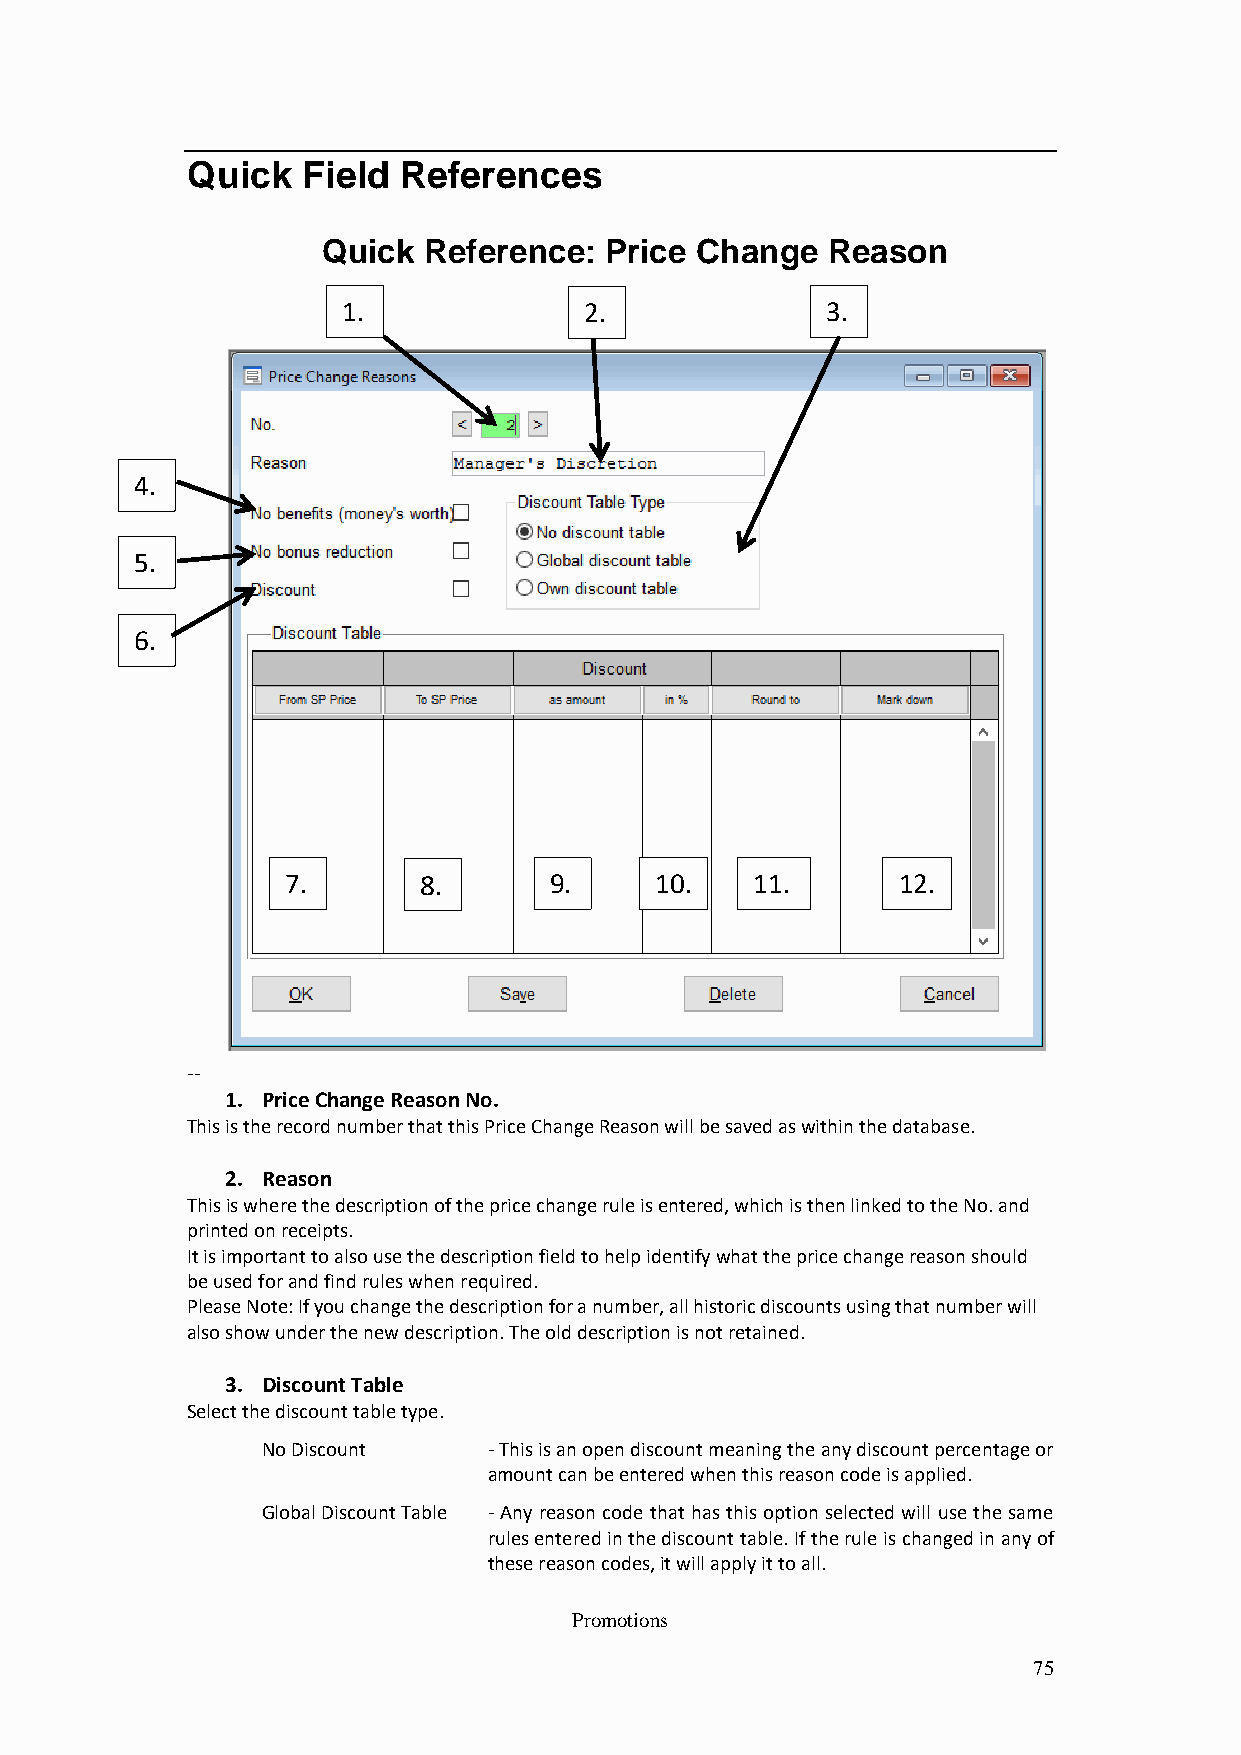
Quick   Field References
 Quick  Reference:  Price Change   Reason
 1.              2.              3.
 4.
 5.
 6.
 7.       8.      9.     10.    11.      12.
 --
 1. Price Change Reason No.
 This is the record number that this Price Change Reason will be saved as within the database.
 2. Reason
 This is where the description of the price change rule is entered, which is then linked to the No. and
 printed on receipts.
 It is important to also use the description field to help identify what the price change reason should
 be used for and find rules when required.
 Please Note: If you change the description for a number, all historic discounts using that number will
 also show under the new description. The old description is not retained.
 3. Discount Table
 Select the discount table type.
 No Discount    - This is an open discount meaning the any discount percentage or
 amount can be entered when this reason code is applied.
 Global Discount Table - Any reason code that has this option selected will use the same
 rules entered in the discount table. If the rule is changed in any of
 these reason codes, it will apply it to all.
 Promotions
 75